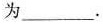
为___.